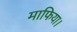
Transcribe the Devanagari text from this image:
माफिया।